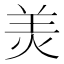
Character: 羙